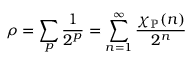
\rho = \sum _ { p } { \frac { 1 } { 2 ^ { p } } } = \sum _ { n = 1 } ^ { \infty } { \frac { \chi _ { \mathbb { P } } ( n ) } { 2 ^ { n } } }